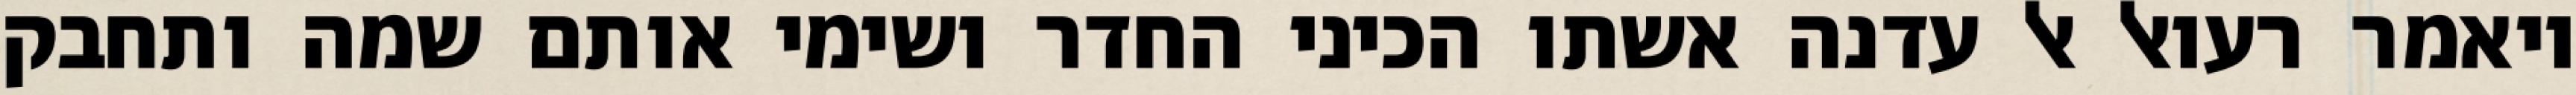
ויאמר רעואל אל עדנה אשתו הכיני החדר ושימי אותם שמה ותחבק